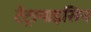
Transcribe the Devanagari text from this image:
टेट्रामाइसिन